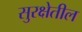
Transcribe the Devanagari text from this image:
सुरक्षेतील